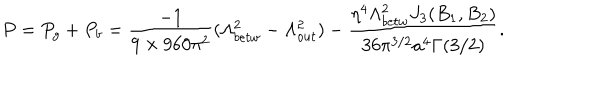
P = P _ { g } + P _ { b } = \frac { - 1 } { 9 \times 9 6 0 \pi ^ { 2 } } ( \Lambda _ { b e t w } ^ { 2 } - \Lambda _ { o u t } ^ { 2 } ) - \frac { \eta ^ { 4 } \Lambda _ { b e t w } ^ { 2 } J _ { 3 } ( B _ { 1 } , B _ { 2 } ) } { 3 6 \pi ^ { 3 / 2 } a ^ { 4 } \Gamma ( 3 / 2 ) } .